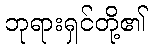
ဘုရားရှင်တို့၏